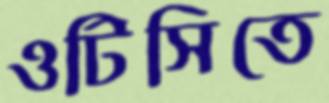
ওটিসিতে